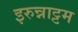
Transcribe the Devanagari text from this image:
इरुन्नाट्टम